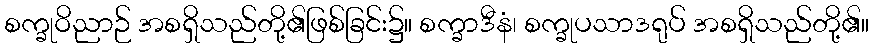
စက္ခုဝိညာဉ် အစရှိသည်တို့၏ဖြစ်ခြင်း၌။ စက္ခာဒီနံ၊ စက္ခုပသာဒရုပ် အစရှိသည်တို့၏။